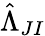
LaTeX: \hat{\Lambda}_{JI}